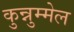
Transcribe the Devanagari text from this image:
कुन्नुम्मेल